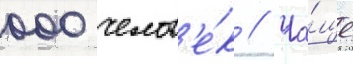
000 челов'е́к // Ча́ще